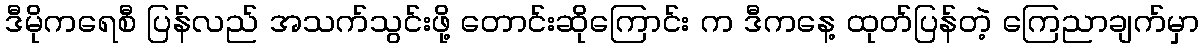
ဒီမိုကရေစီ ပြန်လည် အသက်သွင်းဖို့ တောင်းဆိုကြောင်း က ဒီကနေ့ ထုတ်ပြန်တဲ့ ကြေညာချက်မှာ